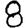
Digit: 8